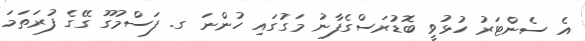
އެ ސެންޓަރު ހުޅުވީ ބޮޑުރަސްގެފާނު މަގުގައި ހުންނަ ގ. ފަސްމުގޫ ގޭގެ ފުރަތަމަ